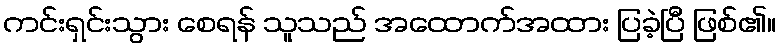
ကင်းရှင်းသွား စေရန် သူသည် အထောက်အထား ပြခဲ့ပြီ ဖြစ်၏။